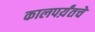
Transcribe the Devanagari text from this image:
कालपर्य़ंतचे